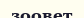
зоовет